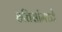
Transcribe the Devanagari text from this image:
छत्तिसांमध्ये